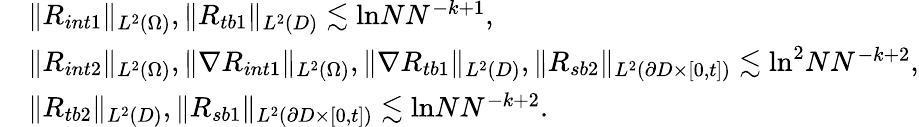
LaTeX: \begin{array}{rl}&{\| R_{int1}\| _{L^{2}(\Omega)},\| R_{tb1}\| _{L^{2}(D)}\lesssim\mathrm{ln}NN^{-k+1},}\\ &{\| R_{int2}\| _{L^{2}(\Omega)},\| \nabla R_{int1}\| _{L^{2}(\Omega)},\| \nabla R_{tb1}\| _{L^{2}(D)},\| R_{sb2}\| _{L^{2}(\partial D\times[0,t])}\lesssim\mathrm{ln}^{2}NN^{-k+2},}\\ &{\| R_{tb2}\| _{L^{2}(D)},\| R_{sb1}\| _{L^{2}(\partial D\times[0,t])}\lesssim\mathrm{ln}NN^{-k+2}.}\end{array}